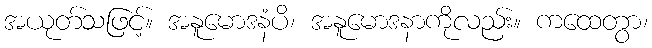
အယုတ်သဖြင့်။ အနူမောဒနံပိ၊ အနူမောဒနာကိုလည်း။ ကထေတွာ၊